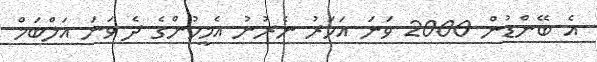
އެ ބޭންޑުން 2000 ވަނަ އަހަރު ނެރުނު އެމީހުންގެ ދެ ވަނަ އަލްބަމް